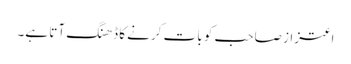
اعتزاز صاحب کو بات کرنے کا ڈھنگ آتا ہے۔